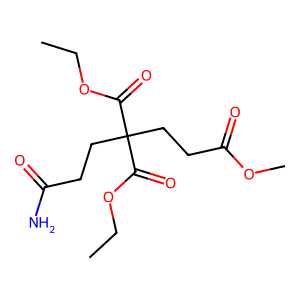
SMILES: CCOC(=O)C(CCC(N)=O)(CCC(=O)OC)C(=O)OCC
Inhibits HIV replication: No